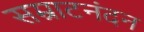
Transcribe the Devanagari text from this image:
सम्राटनंदन